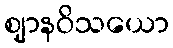
ဈာနဝိသယော